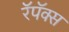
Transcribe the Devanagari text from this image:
रॅपॅक्स